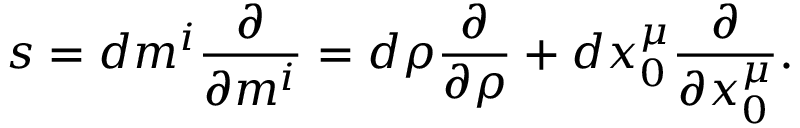
s = d m ^ { i } { \frac { \partial } { \partial m ^ { i } } } = d \rho { \frac { \partial } { \partial \rho } } + d x _ { 0 } ^ { \mu } { \frac { \partial } { \partial x _ { 0 } ^ { \mu } } } .